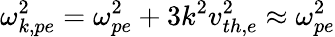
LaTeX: \omega_{k,pe}^{2}=\omega_{pe}^{2}+3k^{2}v_{th,e}^{2}\approx\omega_{pe}^{2}